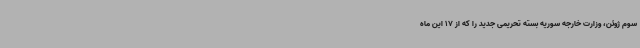
سوم ژوئن، وزارت خارجه سوریه بسته تحریمی جدید را که از 17 این ماه